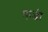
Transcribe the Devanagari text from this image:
हाज्जी